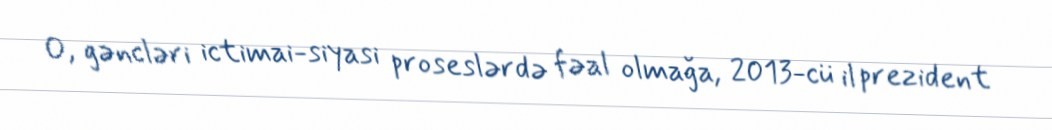
O, gəncləri ictimai-siyasi proseslərdə fəal olmağa, 2013-cü il prezident